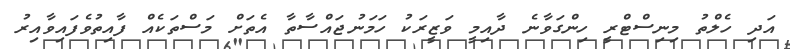
އަދި ހެލްތު މިނިސްޓްރީ ހިންގަވާނެ ދާއިމީ ވަޒީރަކު ހަމަނުޖައްސާތާ އެތަށް މަސްތަކެއް ފާއިތުވެފައިވާއިރު